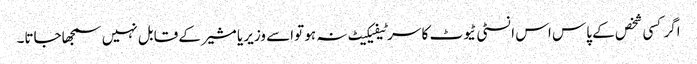
اگر کسی شخص کے پاس اس انسٹی ٹیوٹ کا سرٹیفیکیٹ نہ ہو تواسے وزیر یا مشیر کے قابل نہیں سمجھاجاتا۔